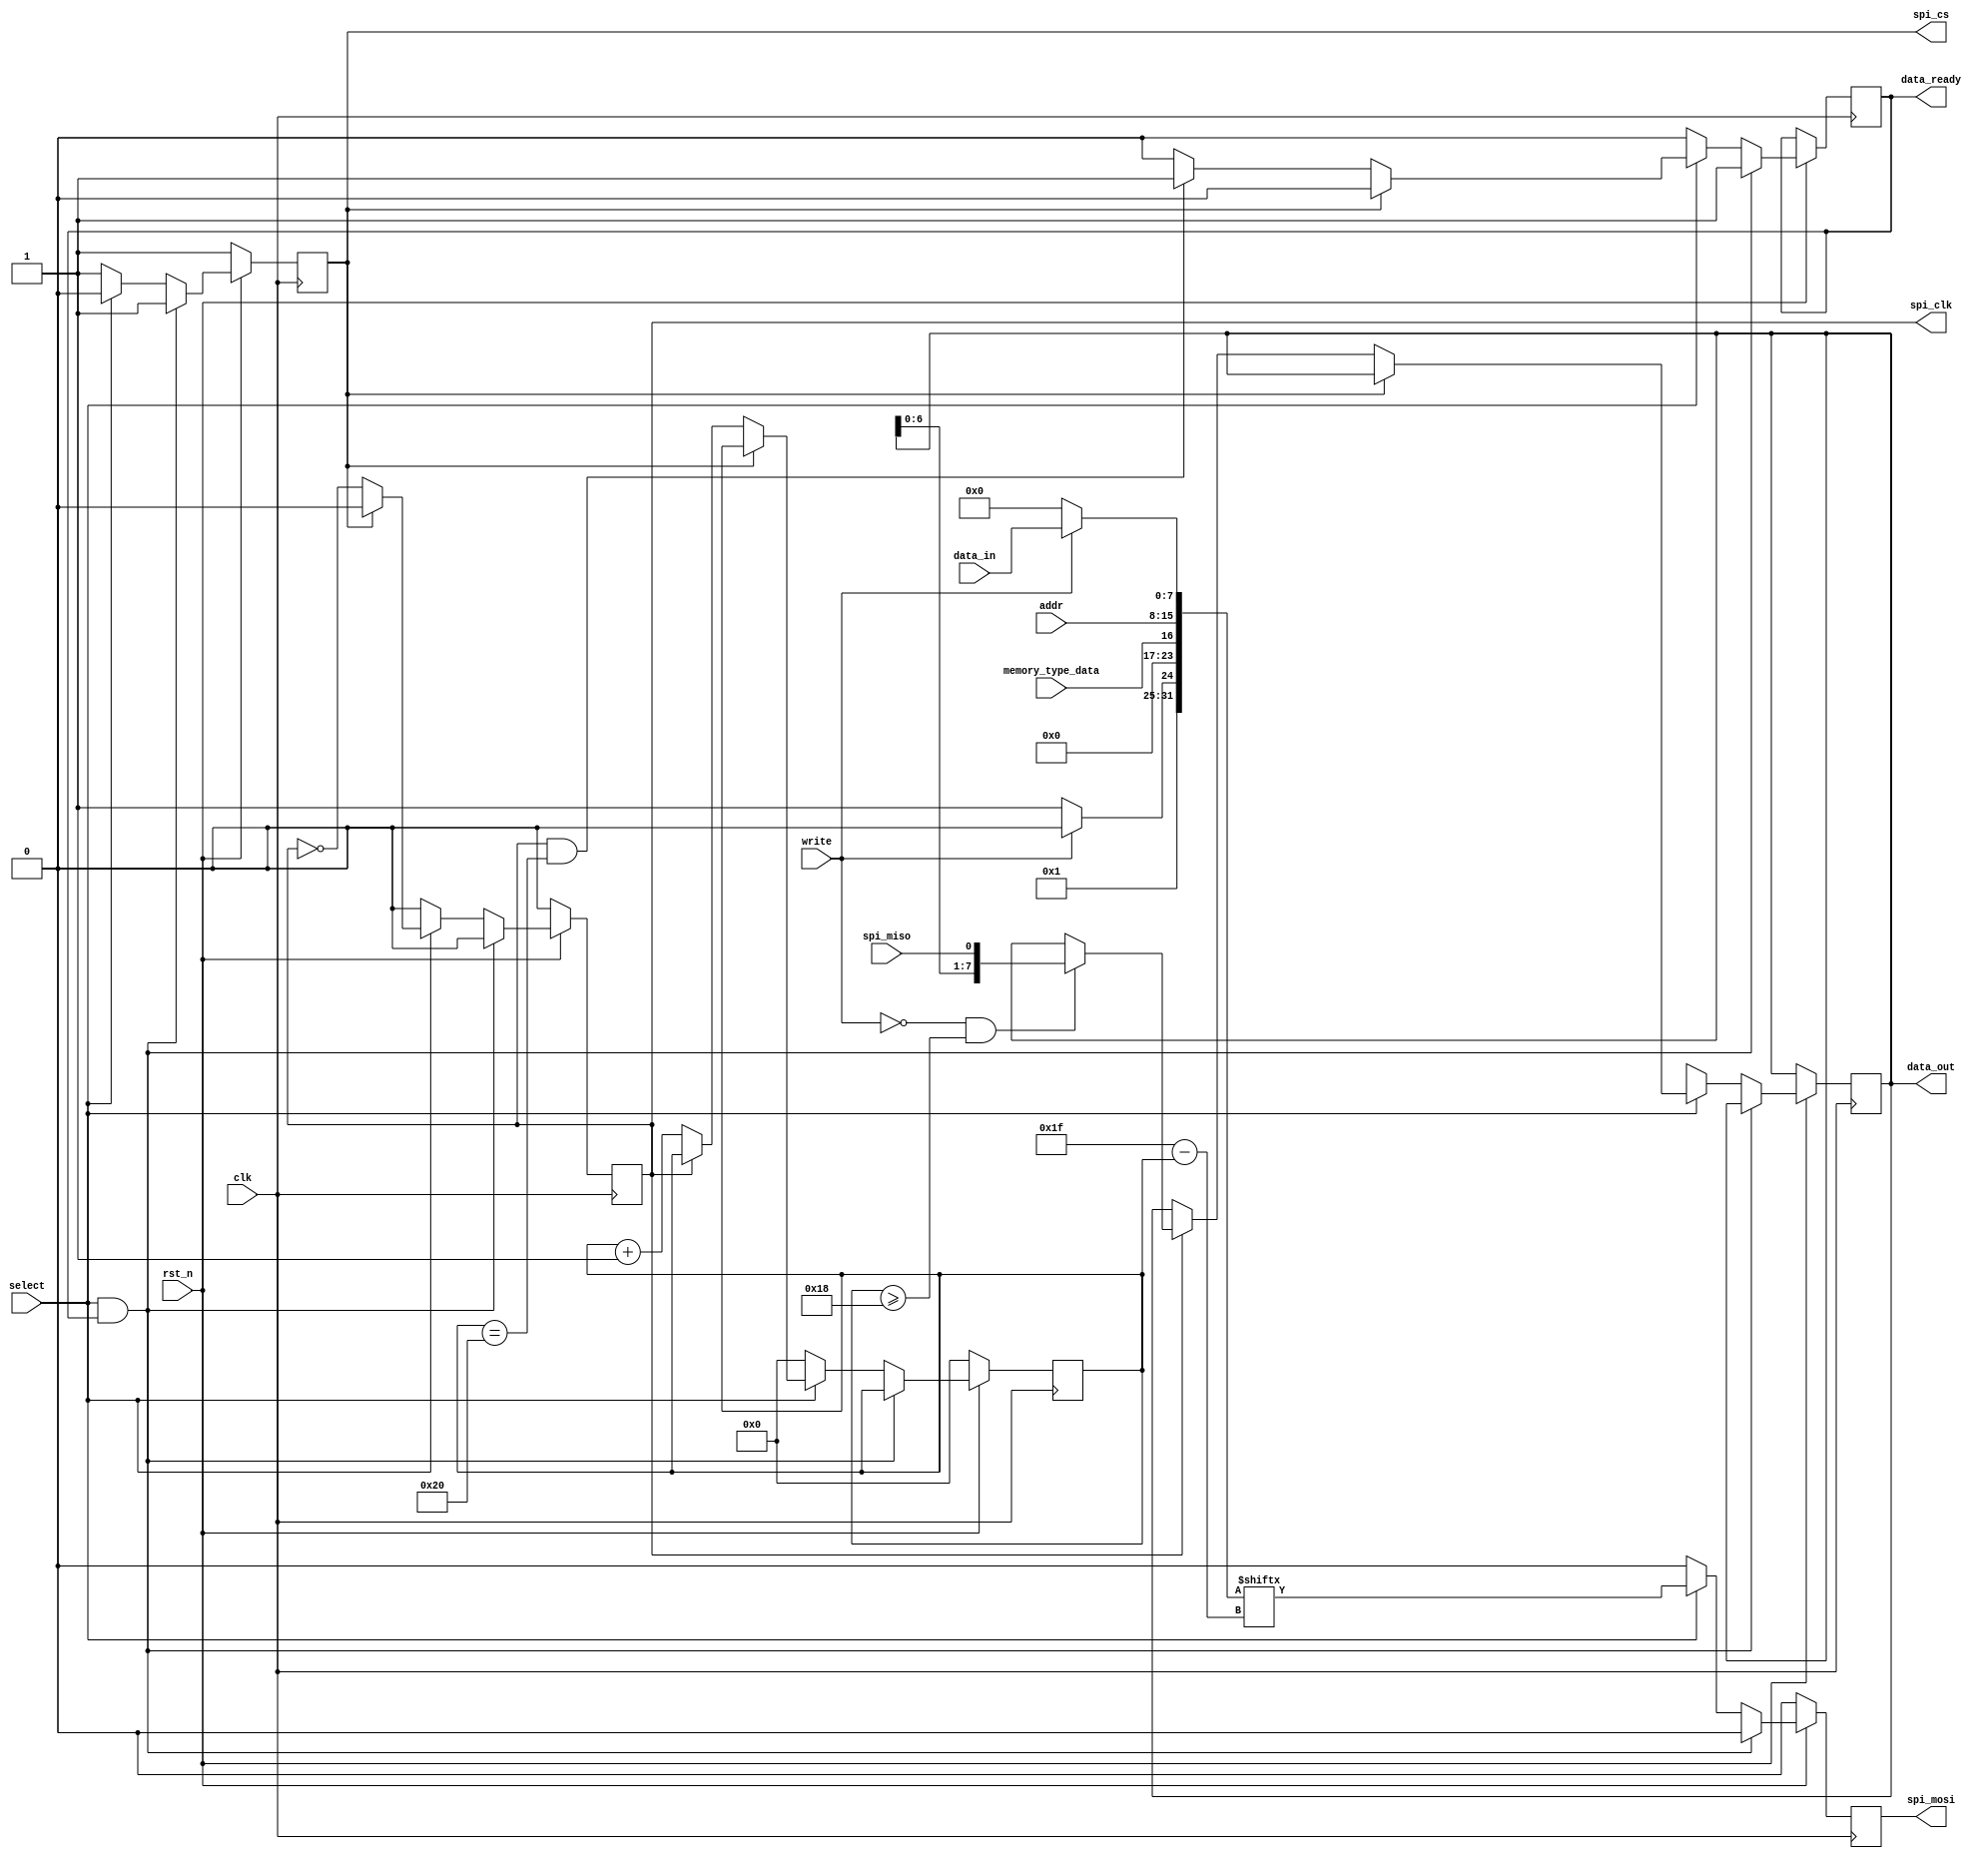
// This program was cloned from: https://github.com/urish/tt07-spell
// License: Apache License 2.0

// SPDX-FileCopyrightText:  2024 Uri Shaked <uri@wokwi.com>
// SPDX-License-Identifier: MIT

`default_nettype none

module spell_mem_spi (
    input wire rst_n,
    input wire clk,
    input wire select,
    input wire [7:0] addr,
    input wire [7:0] data_in,
    input wire memory_type_data,
    input wire write,
    output reg [7:0] data_out,
    output reg data_ready,

    /* External memory */
    input  wire spi_miso,
    output reg  spi_cs,
    output reg  spi_clk,
    output reg  spi_mosi
);

  wire [7:0] cmd = write ? 8'h02 : 8'h03;
  wire [15:0] addr16 = {7'b0, memory_type_data, addr};

  reg [5:0] spi_counter;
  wire [31:0] spi_data = {cmd, addr16, write ? data_in : 8'h00};

  always @(posedge clk) begin
    if (~rst_n) begin
      spi_counter <= 0;
      spi_mosi    <= 0;
      spi_cs      <= 1;
      spi_clk     <= 0;
    end else begin
      data_ready <= 1'b0;
      spi_cs     <= 1'b1;
      spi_clk    <= 0;

      if (select && data_ready) begin
        spi_mosi   <= 0;
        data_ready <= 1'b1;
      end else if (select) begin
        spi_cs   <= 1'b0;
        spi_mosi <= spi_data[31-spi_counter];
        if (!spi_cs) begin
          spi_clk <= !spi_clk;
          if (!spi_clk) begin
            spi_counter <= spi_counter + 1;
          end else if (!write && spi_counter >= 24) begin
            data_out <= {data_out[6:0], spi_miso};
          end
          if (spi_clk && spi_counter == 32) begin
            data_ready <= 1'b1;
          end
        end
      end else begin
        spi_counter <= 0;
        spi_mosi    <= 0;
        data_out    <= 8'bx;
      end
    end
  end
endmodule